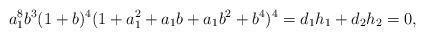
LaTeX: \begin{align*}a_1^8b^3(1+b)^4(1+a_1^2+a_1b+a_1b^2+b^4)^4=d_1h_1+d_2h_2=0,\end{align*}